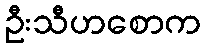
ဦးသီဟစောက